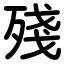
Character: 殘